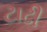
ટાઢી